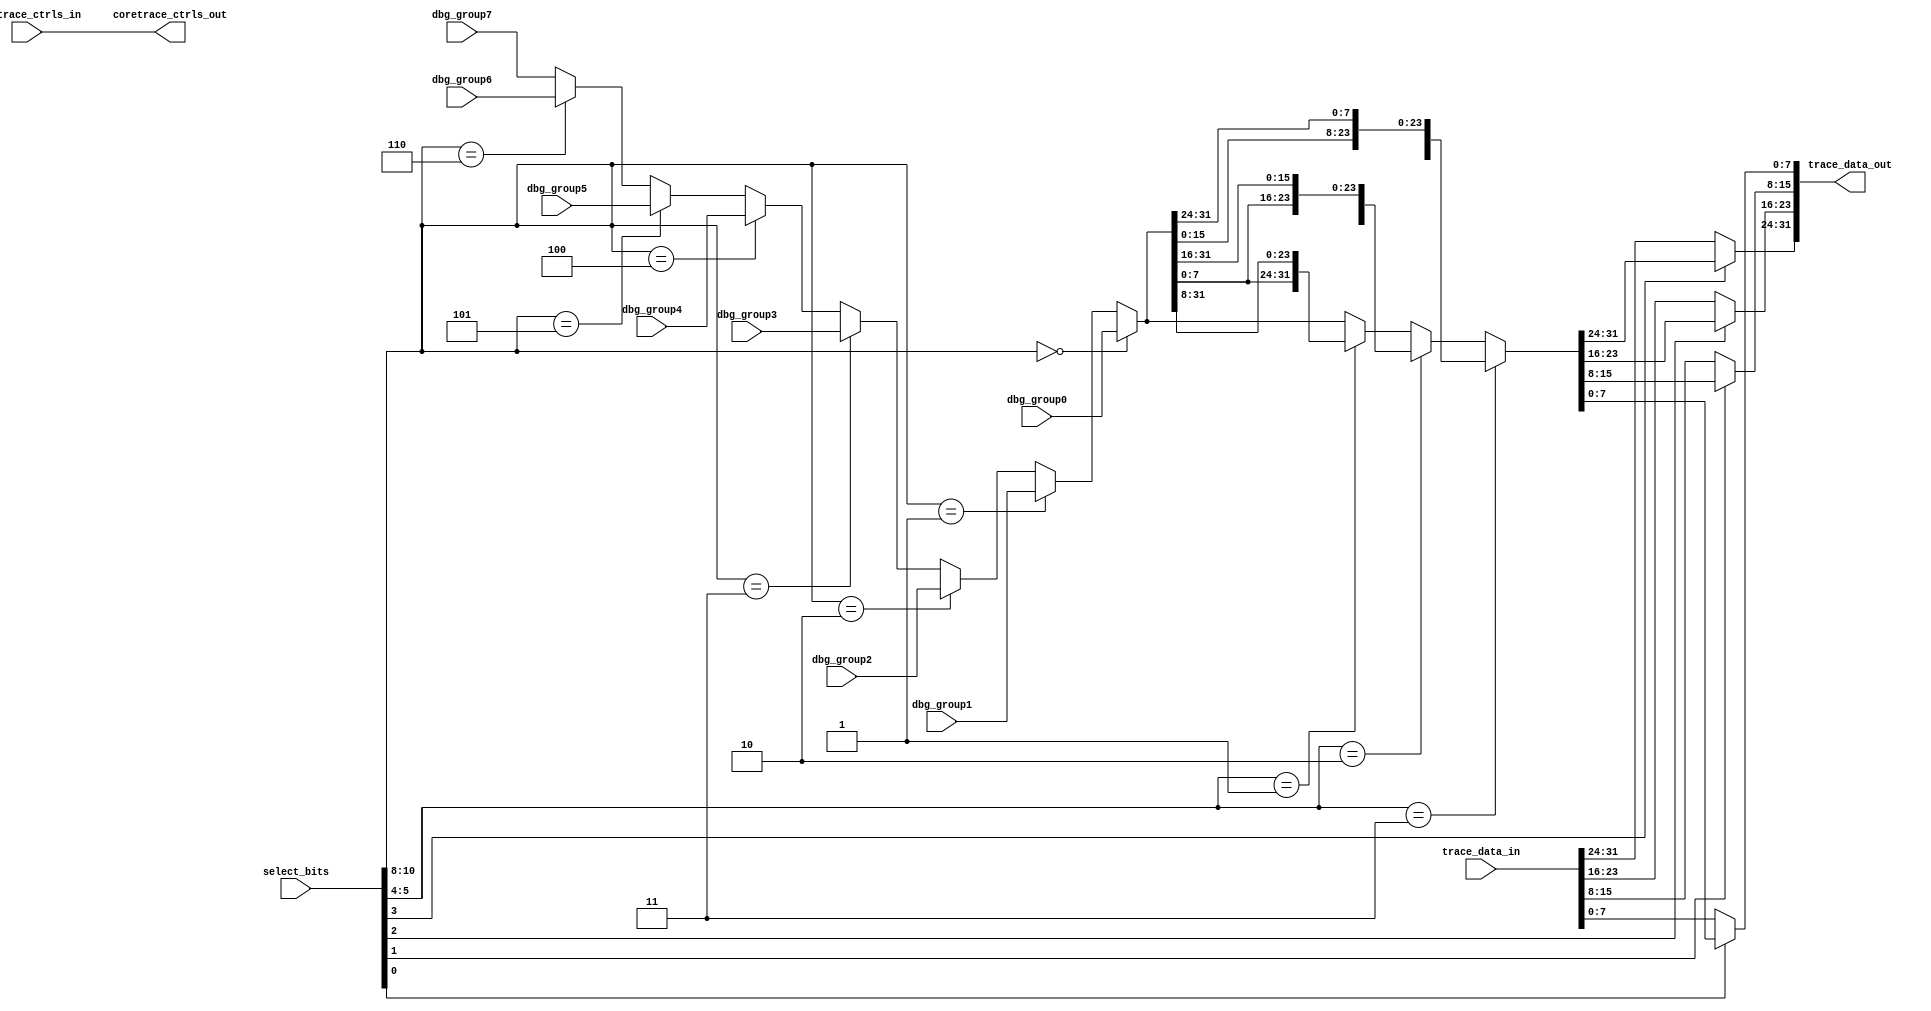
module tri_debug_mux8(
//   vd,
//   gd,
   select_bits,
   dbg_group0,
   dbg_group1,
   dbg_group2,
   dbg_group3,
   dbg_group4,
   dbg_group5,
   dbg_group6,
   dbg_group7,
   trace_data_in,
   trace_data_out,
   // Instruction Trace (HTM) Controls
   coretrace_ctrls_in,
   coretrace_ctrls_out
);

// Include model build parameters
   parameter              DBG_WIDTH = 32;	// A2o=32; A2i=88

//=====================================================================
// Port Definitions
//=====================================================================

   input [0:10]           select_bits;
   input [0:DBG_WIDTH-1]  dbg_group0;
   input [0:DBG_WIDTH-1]  dbg_group1;
   input [0:DBG_WIDTH-1]  dbg_group2;
   input [0:DBG_WIDTH-1]  dbg_group3;
   input [0:DBG_WIDTH-1]  dbg_group4;
   input [0:DBG_WIDTH-1]  dbg_group5;
   input [0:DBG_WIDTH-1]  dbg_group6;
   input [0:DBG_WIDTH-1]  dbg_group7;
   input [0:DBG_WIDTH-1]  trace_data_in;
   output [0:DBG_WIDTH-1] trace_data_out;

// Instruction Trace (HTM) Control Signals:
//  0    - ac_an_coretrace_first_valid
//  1    - ac_an_coretrace_valid
//  2:3  - ac_an_coretrace_type[0:1]
   input  [0:3]           coretrace_ctrls_in;
   output [0:3]           coretrace_ctrls_out;

//=====================================================================
// Signal Declarations / Misc
//=====================================================================
   parameter              DBG_1FOURTH = DBG_WIDTH/4;
   parameter              DBG_2FOURTH = DBG_WIDTH/2;
   parameter              DBG_3FOURTH = 3 * DBG_WIDTH/4;

   wire [0:DBG_WIDTH-1]   debug_grp_selected;
   wire [0:DBG_WIDTH-1]   debug_grp_rotated;

// Don't reference unused inputs:
(* analysis_not_referenced="true" *)
   wire                   unused;
   assign unused = (|select_bits[3:4]) ;

// Instruction Trace controls are passed-through:
   assign coretrace_ctrls_out =  coretrace_ctrls_in ;

//=====================================================================
// Mux Function
//=====================================================================
   // Debug Mux

   assign debug_grp_selected = (select_bits[0:2] == 3'b000) ? dbg_group0 :
                               (select_bits[0:2] == 3'b001) ? dbg_group1 :
                               (select_bits[0:2] == 3'b010) ? dbg_group2 :
                               (select_bits[0:2] == 3'b011) ? dbg_group3 :
                               (select_bits[0:2] == 3'b100) ? dbg_group4 :
                               (select_bits[0:2] == 3'b101) ? dbg_group5 :
                               (select_bits[0:2] == 3'b110) ? dbg_group6 :
                               dbg_group7;

   assign debug_grp_rotated  = (select_bits[5:6] == 2'b11) ? {debug_grp_selected[DBG_1FOURTH:DBG_WIDTH - 1], debug_grp_selected[0:DBG_1FOURTH - 1]} :
                               (select_bits[5:6] == 2'b10) ? {debug_grp_selected[DBG_2FOURTH:DBG_WIDTH - 1], debug_grp_selected[0:DBG_2FOURTH - 1]} :
                               (select_bits[5:6] == 2'b01) ? {debug_grp_selected[DBG_3FOURTH:DBG_WIDTH - 1], debug_grp_selected[0:DBG_3FOURTH - 1]} :
                               debug_grp_selected[0:DBG_WIDTH - 1];


   assign trace_data_out[0:DBG_1FOURTH - 1]           = (select_bits[7] == 1'b0) ? trace_data_in[0:DBG_1FOURTH - 1] :
                                                        debug_grp_rotated[0:DBG_1FOURTH - 1];

   assign trace_data_out[DBG_1FOURTH:DBG_2FOURTH - 1] = (select_bits[8] == 1'b0) ? trace_data_in[DBG_1FOURTH:DBG_2FOURTH - 1] :
                                                        debug_grp_rotated[DBG_1FOURTH:DBG_2FOURTH - 1];

   assign trace_data_out[DBG_2FOURTH:DBG_3FOURTH - 1] = (select_bits[9] == 1'b0) ? trace_data_in[DBG_2FOURTH:DBG_3FOURTH - 1] :
                                                        debug_grp_rotated[DBG_2FOURTH:DBG_3FOURTH - 1];

   assign trace_data_out[DBG_3FOURTH:DBG_WIDTH - 1]   = (select_bits[10] == 1'b0) ? trace_data_in[DBG_3FOURTH:DBG_WIDTH - 1] :
                                                        debug_grp_rotated[DBG_3FOURTH:DBG_WIDTH - 1];

endmodule